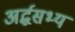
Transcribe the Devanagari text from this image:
अर्द्धसभ्य